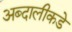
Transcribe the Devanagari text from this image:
अब्दालीकडे